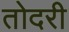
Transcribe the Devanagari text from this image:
तोदरी